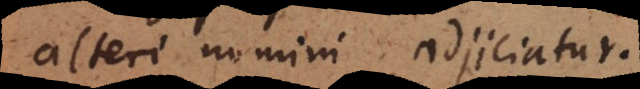
alteri nomini adjiciatur.